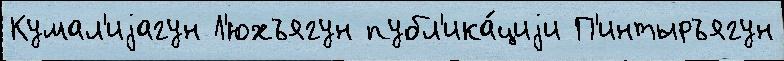
Кумал'иjагун Л'юхъягун публ'ика́циjи П'интыръягун